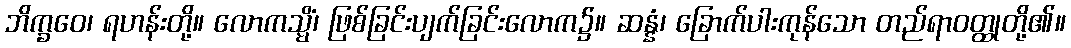
ဘိက္ခဝေ၊ ရဟန်းတို့။ လောကသ္မိံ၊ ဖြစ်ခြင်းပျက်ခြင်းလောက၌။ ဆန္နံ၊ ခြောက်ပါးကုန်သော တည်ရာဝတ္ထုတို့၏။